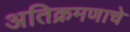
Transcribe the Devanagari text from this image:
अतिक्रमणाचे